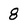
Character: 8